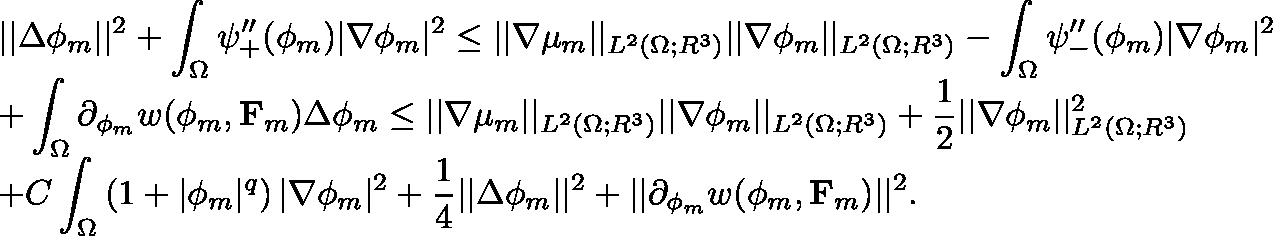
\begin{array} { r l } & { \displaystyle | | \Delta \phi _ { m } | | ^ { 2 } + \int _ { \Omega } \psi _ { + } ^ { \prime \prime } ( \phi _ { m } ) | \nabla \phi _ { m } | ^ { 2 } \leq | | \nabla \mu _ { m } | | _ { L ^ { 2 } ( \Omega ; \mathbb { R } ^ { 3 } ) } | | \nabla \phi _ { m } | | _ { L ^ { 2 } ( \Omega ; \mathbb { R } ^ { 3 } ) } - \int _ { \Omega } \psi _ { - } ^ { \prime \prime } ( \phi _ { m } ) | \nabla \phi _ { m } | ^ { 2 } } \\ & { \displaystyle + \int _ { \Omega } \partial _ { \mathbf { \phi } _ { m } } w ( \phi _ { m } , \mathbf { F } _ { m } ) \Delta \phi _ { m } \leq | | \nabla \mu _ { m } | | _ { L ^ { 2 } ( \Omega ; \mathbb { R } ^ { 3 } ) } | | \nabla \phi _ { m } | | _ { L ^ { 2 } ( \Omega ; \mathbb { R } ^ { 3 } ) } + \frac { 1 } { 2 } | | \nabla \phi _ { m } | | _ { L ^ { 2 } ( \Omega ; \mathbb { R } ^ { 3 } ) } ^ { 2 } } \\ & { \displaystyle + C \int _ { \Omega } \left( 1 + | \phi _ { m } | ^ { q } \right) | \nabla \phi _ { m } | ^ { 2 } + \frac { 1 } { 4 } | | \Delta \phi _ { m } | | ^ { 2 } + | | \partial _ { \mathbf { \phi } _ { m } } w ( \phi _ { m } , \mathbf { F } _ { m } ) | | ^ { 2 } . } \end{array}